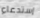
إستدعاء